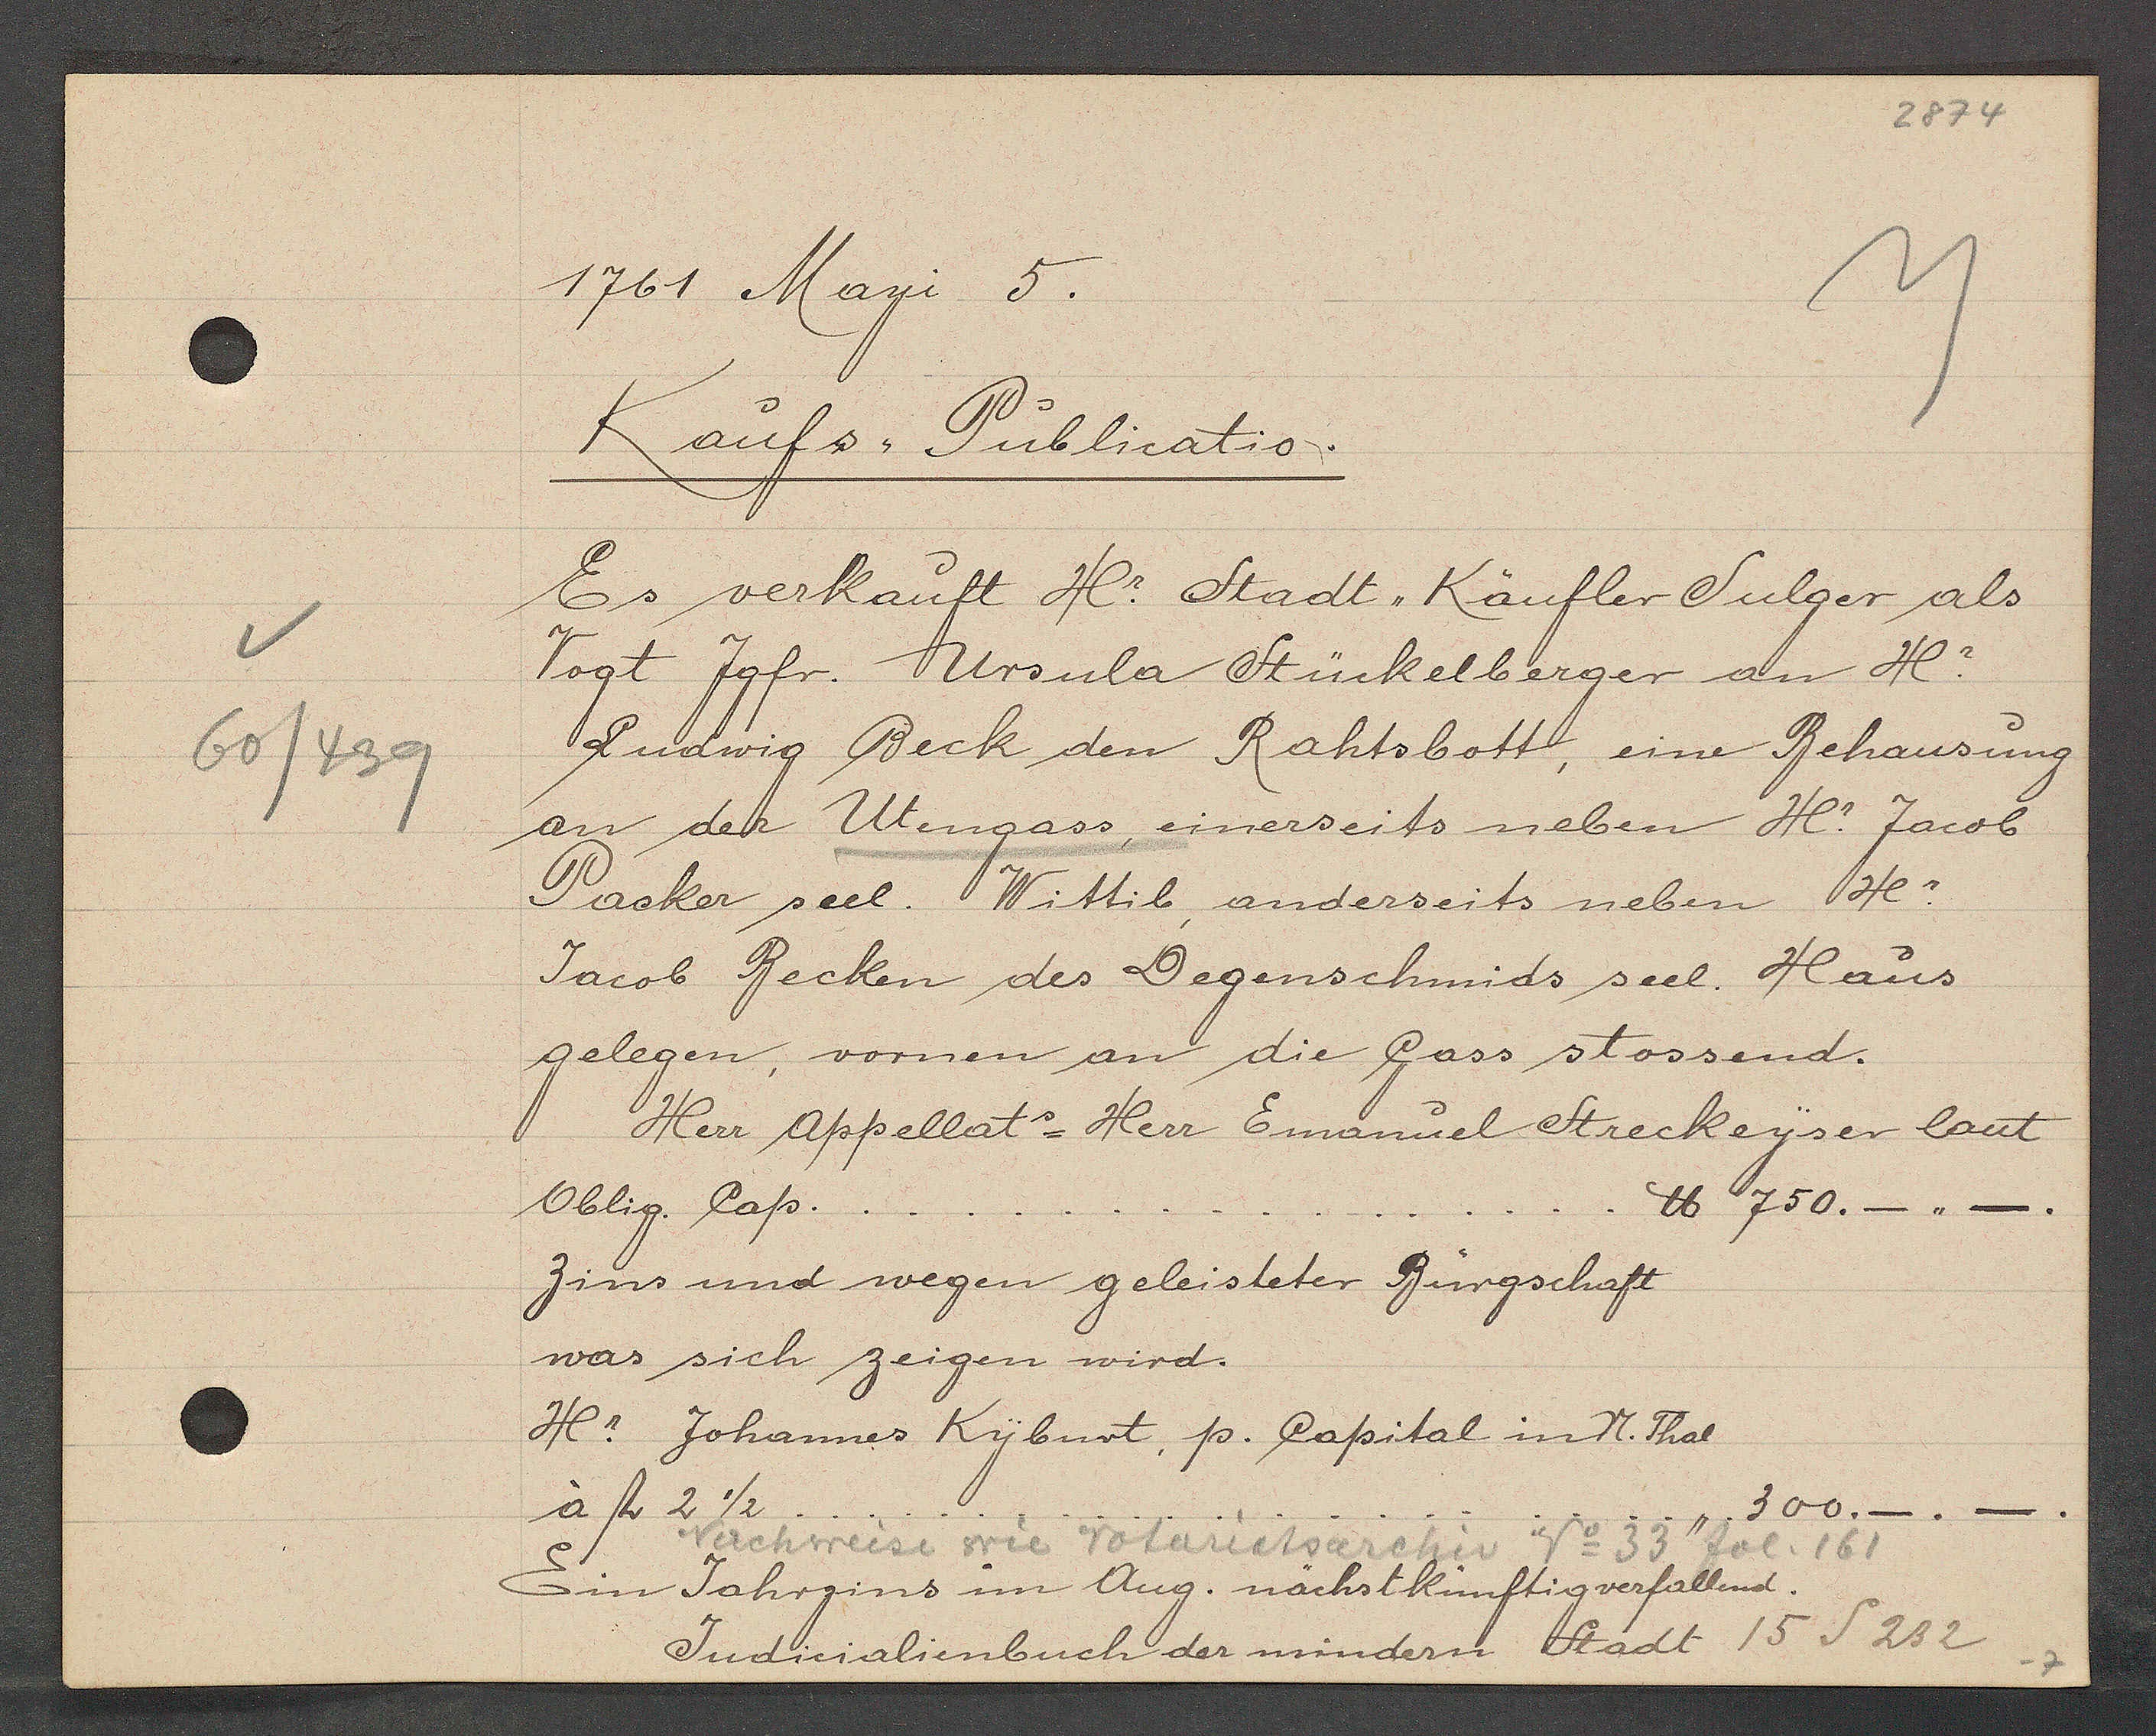
Transcript:
60/439

1761 Mayi 5.

Kaufs Publicatio.
Es verkauft Hr. Stadt, Käufler Sulger als
Vogt Jgfr. Ursula Stückelberger an Hr.
Ludwig Beck den Rahtsbott, eine Behausung
an der Utengass, einerseits neben Hr. Jacob
Packer seel. Wittib, anderseits neben Hr.
Jacob Becken des Degenschmids seel. Haus
gelegen, vornen an die Gass stossend.
Herr Appellats Herr Emanuel Streckeyser laut
℔ 750._,,_,,
Oblig. Cap.
Zins und wegen geleisteter Bürgschaft
was sich zeigen wird.
Hr. Johannes Kyburt, p. Capital in N. Thal
300._._.
à ﬂ 2 1/2.

Nachweise wie Notariatsarchiv No 33 fol. 161

Ein Jahrzins in Aug. nächst künftig verfallend.

Judicialienbuch der mindern Stadt 15 S 232